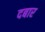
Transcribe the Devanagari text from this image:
दबार